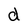
Character: d